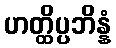
ဟတ္ထိပ္ပဘိန္နံ